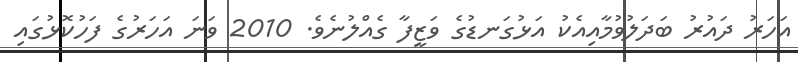
އަހަރު ދައުރު ބަދަލުވުމާއިއެކު އަޅުގަނޑުގެ ވަޒީފާ ގެއްލުނެވެ. 2010 ވަނަ އަހަރުގެ ފަހުކޮޅުގައި